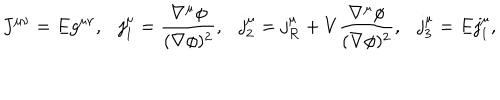
LaTeX: J ^ { \mu \nu } = E g ^ { \mu \nu } , \ \ \ j _ { 1 } ^ { \mu } = { \frac { \nabla ^ { \mu } \phi } { ( \nabla \phi ) ^ { 2 } } } , \ \ \ j _ { 2 } ^ { \mu } = j _ { \cal R } ^ { \mu } + V { \frac { \nabla ^ { \mu } \phi } { ( \nabla \phi ) ^ { 2 } } } , \ \ \ j _ { 3 } ^ { \mu } = E j _ { 1 } ^ { \mu } ,